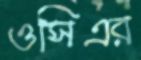
ওসিএর